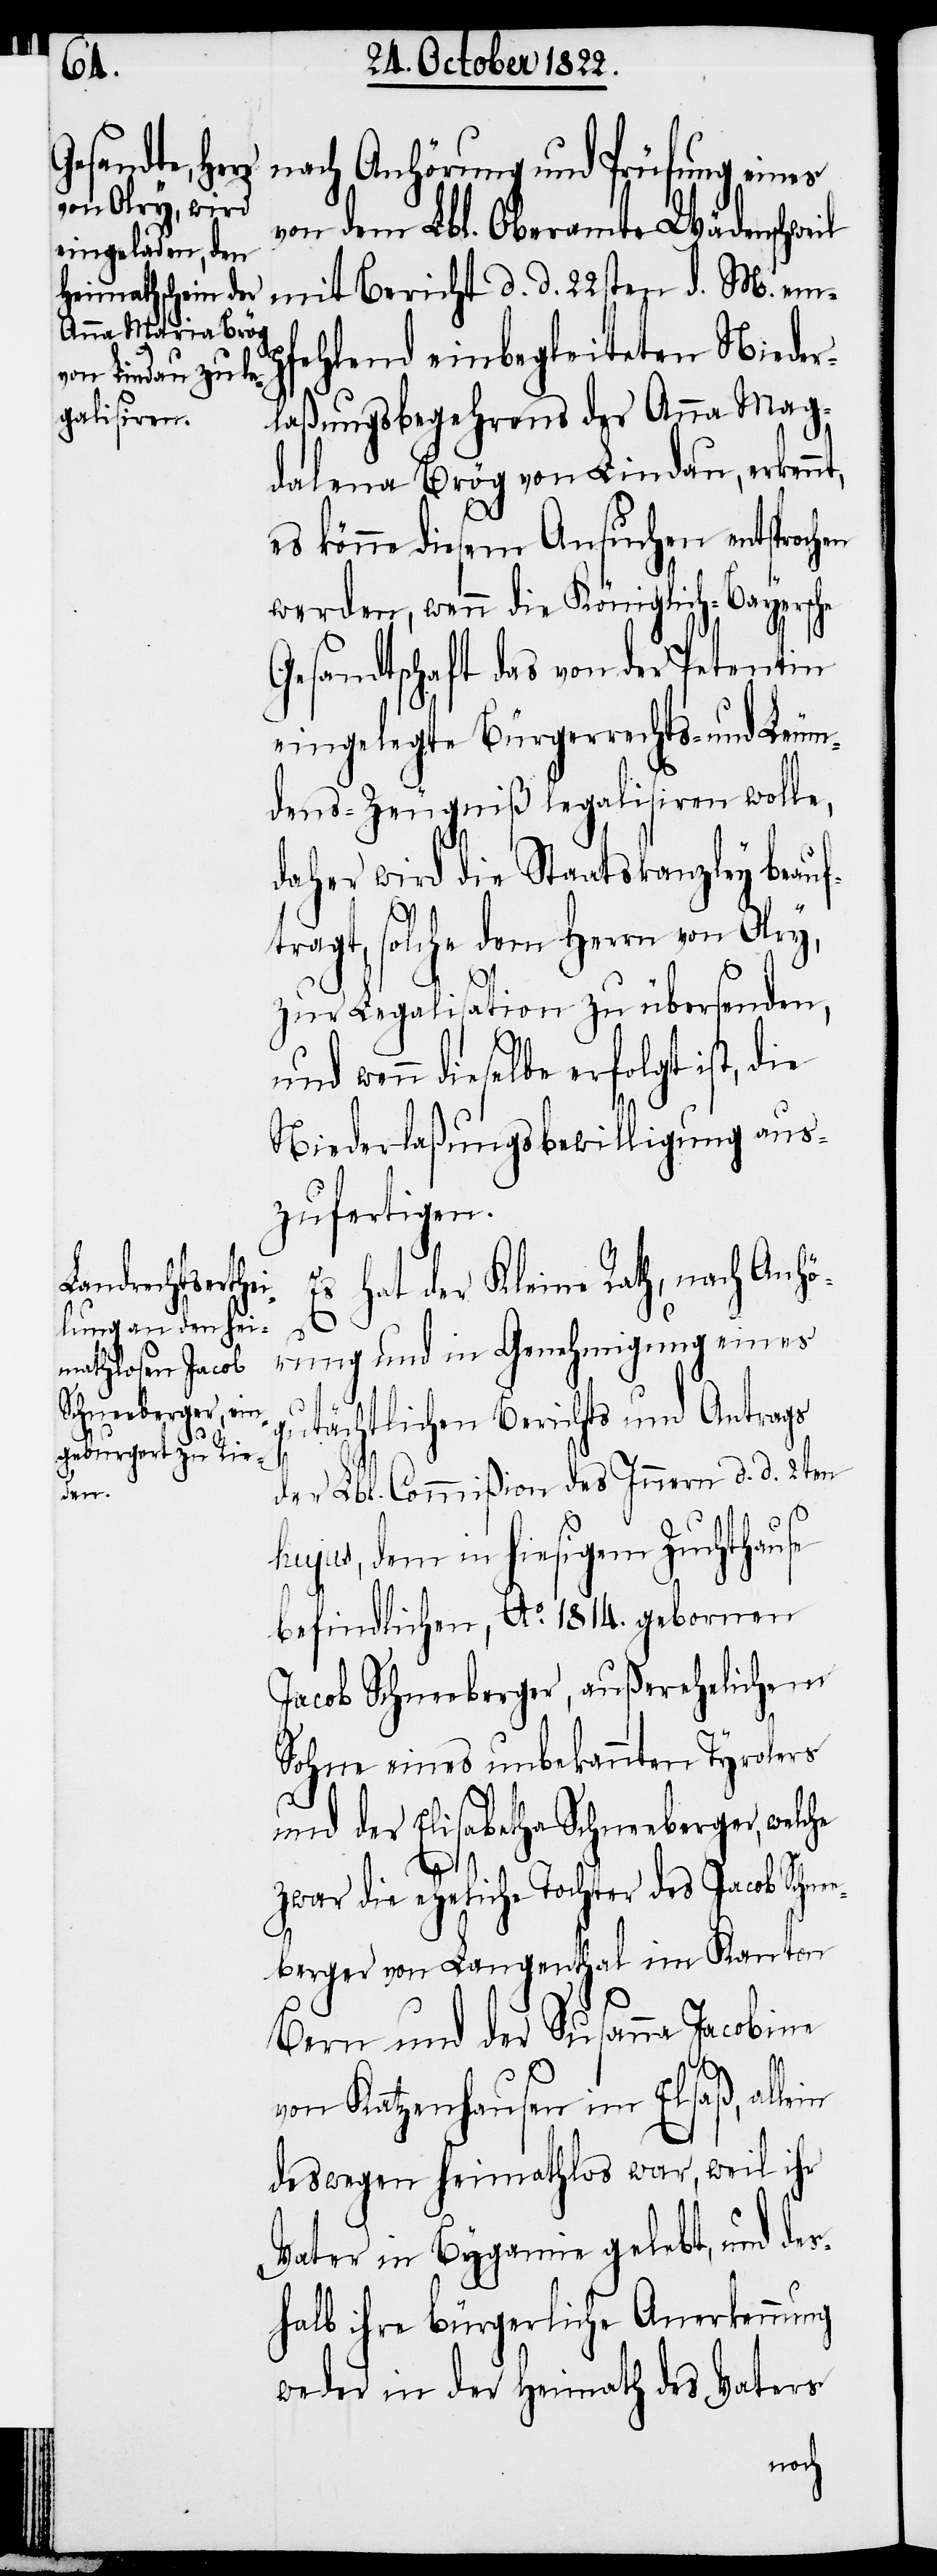
nach Anhörung und Prüfung eines
von dem Lbl. Oberamte Wädenschweil
fehlend einbegleiteten Nieder¬
laßungsbegehrens der Anna Mag¬
dalena Brög von Lindau, erkenn¬
es könne diesem Ansuchen entsprochen
werden, wenn die Königliche-Bayersche
Gesandtschaft das von der Petentin
eingelegte Bürgerrechts- und Leum¬
denszeugniß legalisiren wolle,
daher wird die Staatskanzley beauf¬
tragt, solche dem Herrn von Olry,
zur Legalisation zu übersenden,
n dieselbe erfolgt ist, die
Niederlaßungsbewilligung aus¬
zufertigen.
Es hat der Kleine Rath, nach Anhö¬
rung und in Genehmigung eines
gutächtlichen Berichts und Antrags
der Lbl. Commißion des Innern d. d. 2ten
ein
hujus, dem in hiesigem Zuchthause
befindlichen, Ao. 1814. gebornen
Jacob Schneeberger, außerehelichem
Sohne eines unbekannten Tyrolers
und der Elisabetha Schneeberger, welche
t,
M.
zwar die eheliche Tochter des Jacob Schne¬
eberger von Langenthal im Kanton
Bern und der Susanna Jacobine
von Katzenhausen im Elsaß, all¬
deswegen heimathlos war, weil ihr
Vater in Bygamie gelebt, und des¬
halb ihre bürgerliche Anerkennung
weder in der Heimath des Vaters